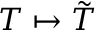
T \mapsto { \tilde { T } }